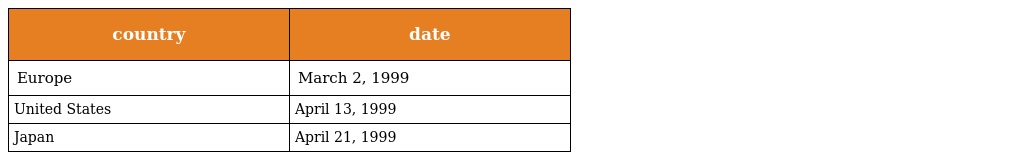
| country | date |
 | --- | --- |
 | Europe | March 2, 1999 |
 | United States | April 13, 1999 |
 | Japan | April 21, 1999 |